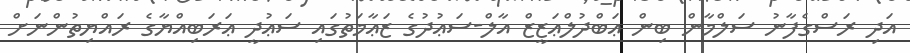
އަދި ރަސްގެފާނު ސަލްމާން ބިން ޢަބްދުލްޢަޒީޒް އާލް-ސަޢުދުގެ ޒަޢާމަތުގައި ސަޢުދީ ޢަރަބިއްޔާގެ ރައްޔިތުންނަށް